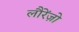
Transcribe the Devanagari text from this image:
लौरेंज़ो